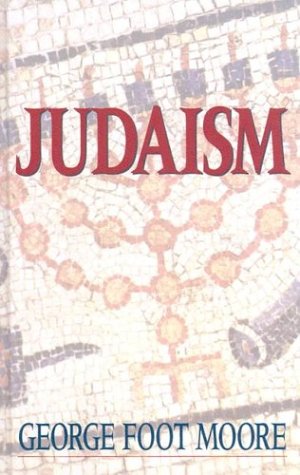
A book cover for Judaism in the First Three Centuries of the Christian Era; George Foot Moore; Religion & Spirituality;